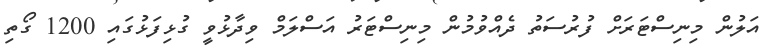
އަލުން މިނިސްޓަރަށް ފުރުސަތު ދެއްވުމުން މިނިސްޓަރު އަސްލަމް ވިދާޅުވީ ގުޅިފަޅުގައި 1200 ގޯތި